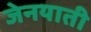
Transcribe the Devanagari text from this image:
जेनयाती